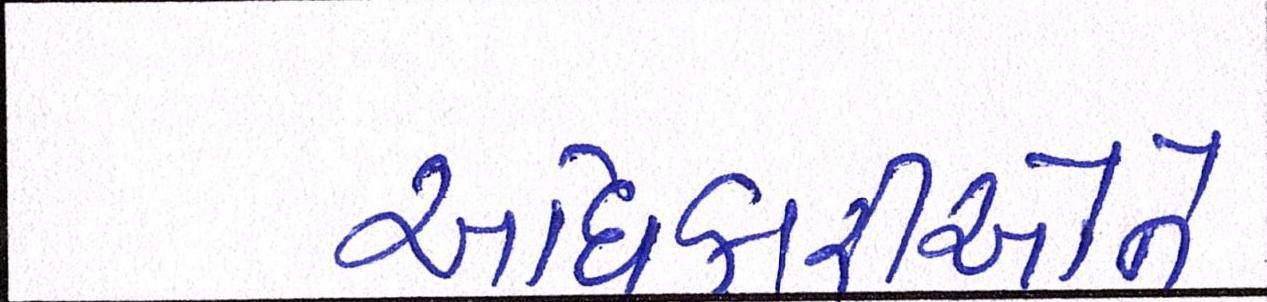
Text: અધિકારીઓને